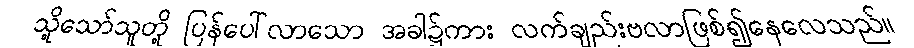
သို့သော်သူတို့ ပြန်ပေါ်လာသော အခါ၌ကား လက်ချည်းဗလာဖြစ်၍နေလေသည်။